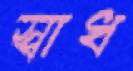
স্বাধ